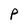
Character: p